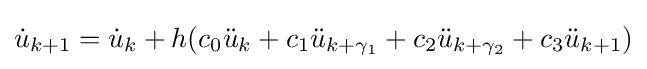
{\dot {u}}_{k+1}={\dot {u}}_{k}+h(c_{0}{\ddot {u}}_{k}+c_{1}{\ddot {u}}_{k+\gamma _{1}}+c_{2}{\ddot {u}}_{k+\gamma _{2}}+c_{3}{\ddot {u}}_{k+1})